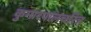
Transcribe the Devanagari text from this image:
कुमारपालचरित्र